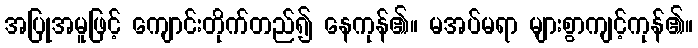
အပြုအမူဖြင့် ကျောင်းတိုက်တည်၍ နေကုန်၏။ မအပ်မရာ များစွာကျင့်ကုန်၏။